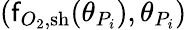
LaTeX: (\mathsf{f}_{O_{2},\mathrm{{{sh}}}}(\theta_{P_{i}}),\theta_{P_{i}})